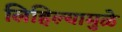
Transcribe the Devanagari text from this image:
लिहिल्यामुळे